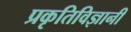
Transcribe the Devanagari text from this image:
प्रकृतिविज्ञानी